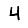
Digit: 4